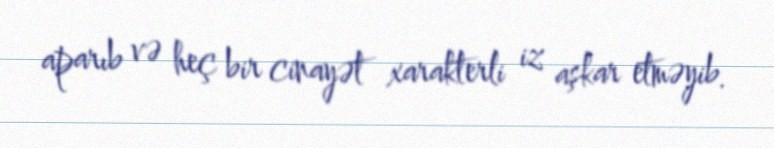
aparıb və heç bir cinayət xarakterli iz aşkar etməyib.